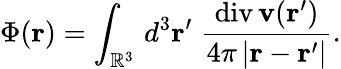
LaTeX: \Phi(\mathbf{r})=\int_{\mathbb{R}^{3}}\, d^{3}\mathbf{r}^{\prime}\; {\frac{\operatorname{div}\mathbf{v}(\mathbf{r}^{\prime})}{4\pi\left|\mathbf{r}-\mathbf{r}^{\prime}\right|}}.